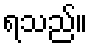
ရသည်။